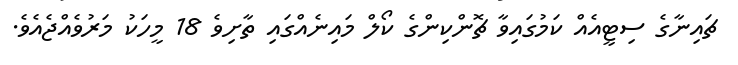
ޗައިނާގެ ސިޓީއެއް ކަމުގައިވާ ޗޮންކިންގެ ކޯލް މައިނެއްގައި ތާށިވެ 18 މީހަކު މަރުވެއްޖެއެވެ.